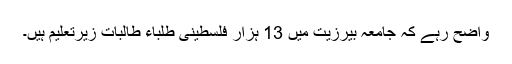
واضح رہے کہ جامعہ بیرزیت میں 13 ہزار فلسطینی طلباء طالبات زیرتعلیم ہیں۔